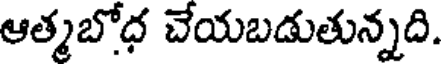
ఆత్మబోధ చేయబడుతున్నది.